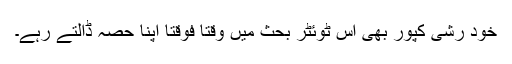
خود رشی کپور بھی اس ٹوئٹر بحث میں وقتا فوقتا اپنا حصہ ڈالتے رہے۔